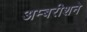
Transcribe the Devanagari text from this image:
अम्बरीशने